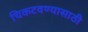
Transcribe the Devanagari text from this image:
चिकटवण्यासाठी